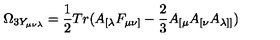
\Omega _ { 3 Y _ { \mu \nu \lambda } } = \frac { 1 } { 2 } T r ( A _ { [ \lambda } F _ { \mu \nu ] } - \frac { 2 } { 3 } A _ { [ \mu } A _ { [ \nu } A _ { \lambda ] ] } )